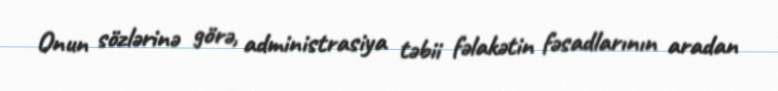
Onun sözlərinə görə, administrasiya təbii fəlakətin fəsadlarının aradan